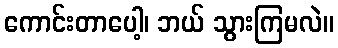
ကောင်းတာပေါ့၊ ဘယ် သွားကြမလဲ။